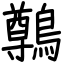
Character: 鷷